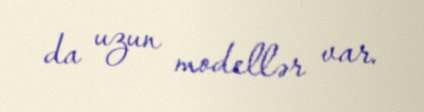
da uzun modellər var.